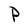
Character: P